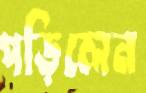
পড়িলেন